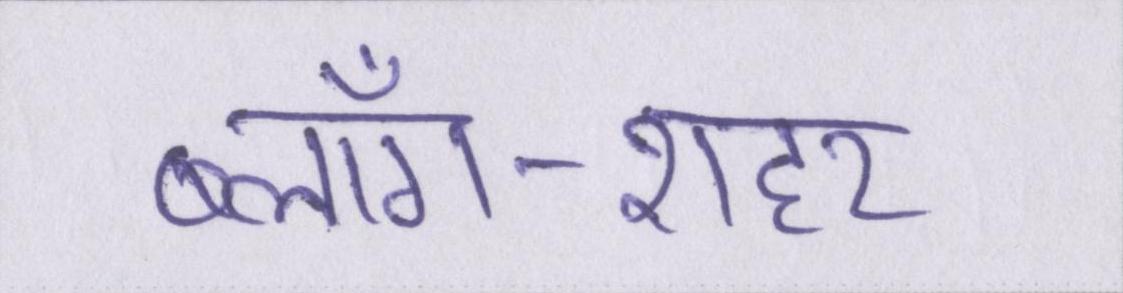
ब्लॉग-शहर